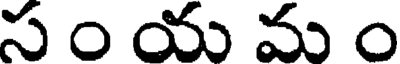
స ం య మ ం